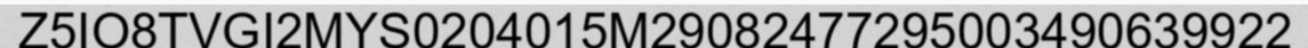
Z5IO8TVGI2MYS0204015M29082477295003490639922